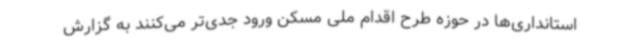
استانداری‌ها در حوزه طرح اقدام ملی مسکن ورود جدی‌تر می‌کنند به گزارش